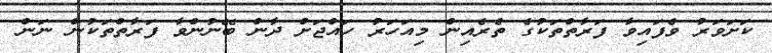
ކަށަވަރު ވެފައިވާ ފަރާތްތަކުގެ ތެރެއިން މިއަހަރު ހައްޖަށް ދާން ބޭނުންވާ ފަރާތްތަކުން ނަން